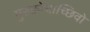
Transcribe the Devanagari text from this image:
गुरुक्रोधाच्छिवो